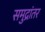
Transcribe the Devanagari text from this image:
समुद्रांतर